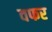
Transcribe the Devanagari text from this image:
वफर